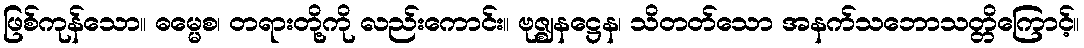
ဖြစ်ကုန်သော။ ဓမ္မေစ၊ တရားတို့ကို လည်းကောင်း။ ဗုဇ္ဈနဋ္ဌေန၊ သိတတ်သော အနက်သဘောသတ္တိကြောင့်။